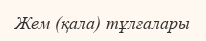
Жем (қала) тұлғалары